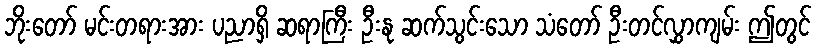
ဘိုးတော် မင်းတရားအား ပညာရှိ ဆရာကြီး ဦးနု ဆက်သွင်းသော သံတော် ဦးတင်လွှာကျမ်း ဤတွင်